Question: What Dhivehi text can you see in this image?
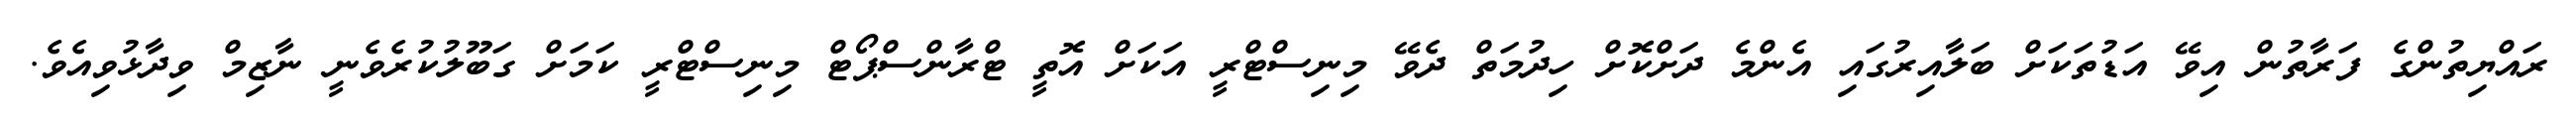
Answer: ރައްޔިތުންގެ ފަރާތުން އިވޭ އަޑުތަކަށް ބަލާއިރުގައި އެންމެ ދަށްކޮށް ހިދުމަތް ދެވޭ މިނިސްޓްރީ އަކަށް އޮތީ ޓްރާންސްޕޯޓް މިނިސްޓްރީ ކަމަށް ގަބޫލުކުރެވެނީ ނާޒިމް ވިދާޅުވިއެވެ.